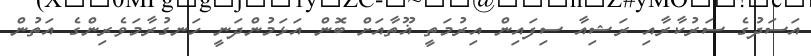
އަސަދުގެ ސަރުކާރާއި ރަޝިއާ ސިފައިން އިރުމަތީ ޣޫތާއަށް ބޮން އަޅަމުންދަނީ ހަނގުރާމަވެރިންގެ އަތުން